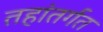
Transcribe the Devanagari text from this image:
तहांतर्गत